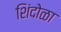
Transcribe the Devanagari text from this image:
शिंदोळा